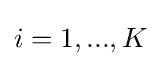
i=1,...,K